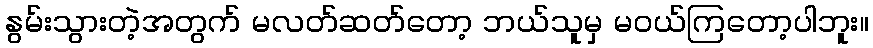
နွမ်းသွားတဲ့အတွက် မလတ်ဆတ်တော့ ဘယ်သူမှ မ၀ယ်ကြတော့ပါဘူး။